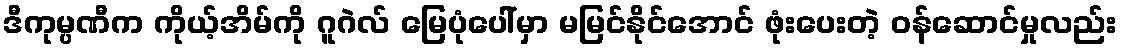
ဒီကုမ္ပဏီက ကိုယ့်အိမ်ကို ဂူဂဲလ် မြေပုံပေါ်မှာ မမြင်နိုင်အောင် ဖုံးပေးတဲ့ ဝန်ဆောင်မှုလည်း